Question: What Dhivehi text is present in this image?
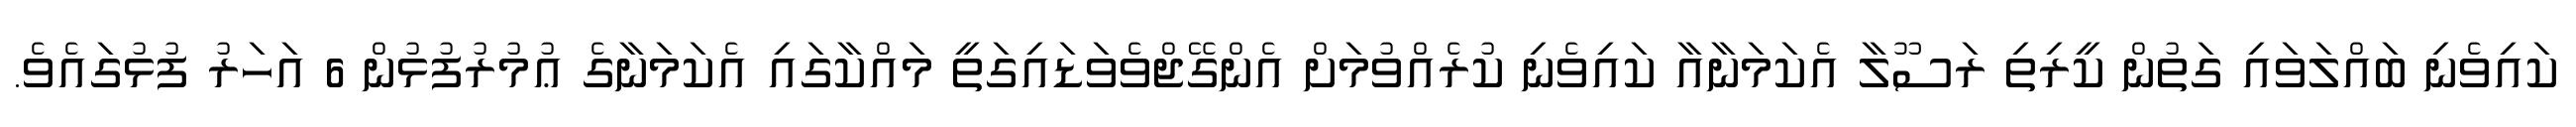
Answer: ކައިވެނި ބައްލަވައި ގަތުން ކީރިތި ރަސޫލާ އެކަމަނާއާ ކައިވެނި ކުރެއްވުމަށް އެންގޭޖްވެވަޑައިގަތީ މައްކާގައި އެކަމަނާގެ ޢުމުރުފުޅުން 6 އަހަރު ފުޅުގައެވެ.